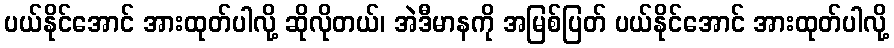
ပယ်နိုင်အောင် အားထုတ်ပါလို့ ဆိုလိုတယ်၊ အဲဒီမာနကို အမြစ်ပြတ် ပယ်နိုင်အောင် အားထုတ်ပါလို့